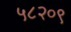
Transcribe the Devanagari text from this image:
५८२०९